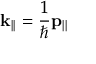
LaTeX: \mathbf { k } _ { | | } = { \frac { 1 } { \hbar } } \mathbf { p } _ { | | }